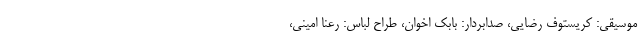
موسیقی: کریستوف رضایی، صدابردار: بابک اخوان، طراح لباس: رعنا امینی،